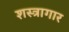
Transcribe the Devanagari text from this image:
शस्‍त्रागार